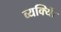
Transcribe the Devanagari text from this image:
व्यक्याेिं